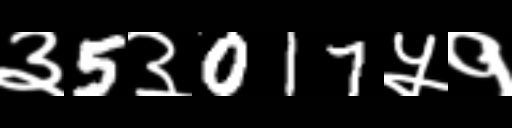
Text: ३5३017५१